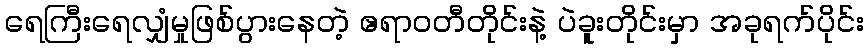
ရေကြီးရေလျှံမှုဖြစ်ပွားနေတဲ့ ဧရာဝတီတိုင်းနဲ့ ပဲခူးတိုင်းမှာ အခုရက်ပိုင်း